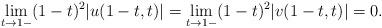
LaTeX: \begin{align*}\lim_{t\to 1-}(1-t)^2|u(1-t,t)|=\lim_{t\to 1-}(1-t)^2|v(1-t,t)|=0.\end{align*}